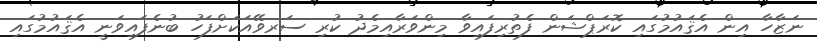
ނަޒާހާ އިން އެޤައުމުގައި ކޮރަޕްޝަން ފެތުރިފައިވާ މިންވަރާއިމެދު ކުރި ސަރވޭއަކަށްފަހު ބުނެފައިވަނީ އެޤައުމުގައި